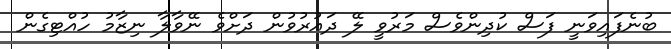
ބުނެފައިވަނީ ފަސް ކުދިންވެސް މަރުވީ ލޭ ދައުރުވުން ދަށްވެ ނޭވާލާ ނިޒާމު ހުއްޓިގެން